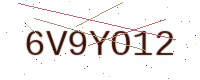
Text: 6V9YO12